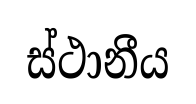
ස්ථානීය